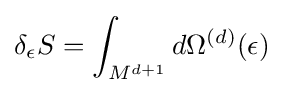
\delta _{\epsilon }S=\int _{M^{d+1}}d\Omega ^{(d)}(\epsilon )